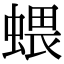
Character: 𧍥